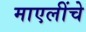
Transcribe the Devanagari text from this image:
माएलींचे